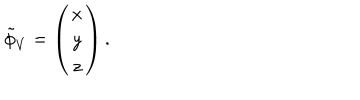
LaTeX: \tilde { \phi } _ { V } = \left( \begin{array} { c } { { x } } \\ { { y } } \\ { { z } } \\ \end{array} \right) .